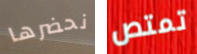
نحضرها تمتص